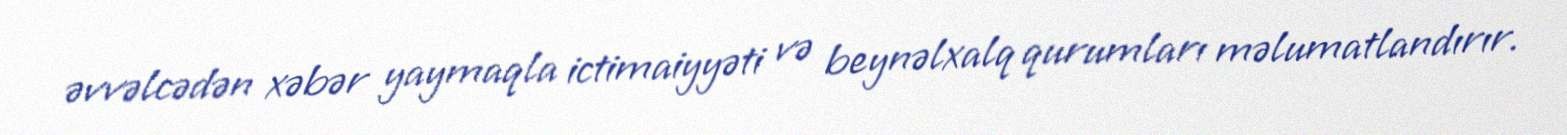
əvvəlcədən xəbər yaymaqla ictimaiyyəti və beynəlxalq qurumları məlumatlandırır.